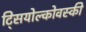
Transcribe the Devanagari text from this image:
ट्सियोल्कोवस्की